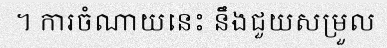
។ ការចំណាយនេះ នឹងជួយសម្រួល